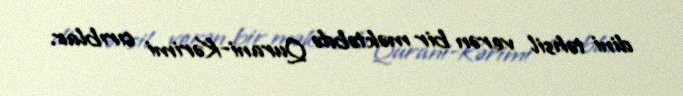
dini təhsil verən bir məktəbdə Qurani-Kərimi cırıblar.